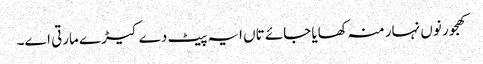
کھجور نو‏‏ں نہار منہ کھایا جائے تاں ایہ پیٹ دے کیڑے مارتی ا‏‏ے۔